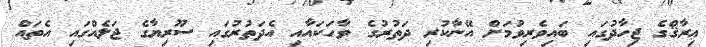
ޢިރާޤްގެ ޖިހާދުގައި ބައިވެރިވުމަށް އޭނާކުރި ދަތުރުގެ ވާހަކައާއި އެދަތުރުގައި ސޫރިޔާގެ ޖަލެއްގައި އެތައް